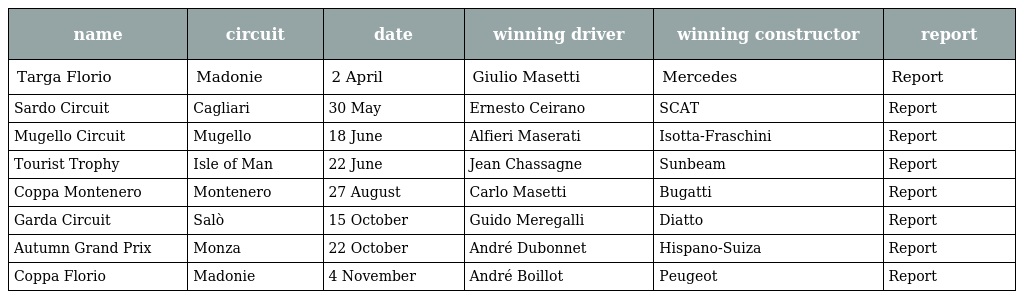
| name | circuit | date | winning driver | winning constructor | report |
 | --- | --- | --- | --- | --- | --- |
 | Targa Florio | Madonie | 2 April | Giulio Masetti | Mercedes | Report |
 | Sardo Circuit | Cagliari | 30 May | Ernesto Ceirano | SCAT | Report |
 | Mugello Circuit | Mugello | 18 June | Alfieri Maserati | Isotta-Fraschini | Report |
 | Tourist Trophy | Isle of Man | 22 June | Jean Chassagne | Sunbeam | Report |
 | Coppa Montenero | Montenero | 27 August | Carlo Masetti | Bugatti | Report |
 | Garda Circuit | Salò | 15 October | Guido Meregalli | Diatto | Report |
 | Autumn Grand Prix | Monza | 22 October | André Dubonnet | Hispano-Suiza | Report |
 | Coppa Florio | Madonie | 4 November | André Boillot | Peugeot | Report |